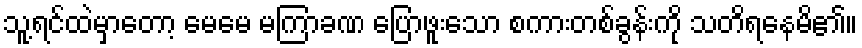
သူ့ရင်ထဲမှာတော့ မေမေ မကြာခဏ ပြောဖူးသော စကားတစ်ခွန်းကို သတိရနေမိ၏။